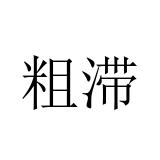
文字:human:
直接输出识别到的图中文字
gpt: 粗滞